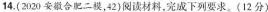
14.(2020安合肥二模，42)阅读材料，完成下列要求。(12分)